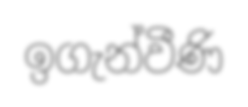
ඉගැන්වීණි